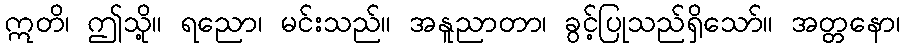
ဣတိ၊ ဤသို့။ ရညော၊ မင်းသည်။ အနူညာတာ၊ ခွင့်ပြုသည်ရှိသော်။ အတ္တနော၊